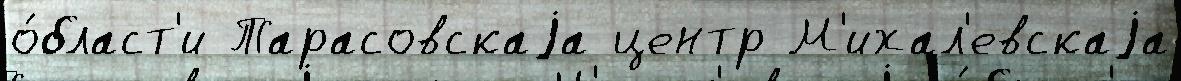
о́бласт'и Тарасовскаjа центр М'ихал'евскаjа